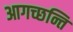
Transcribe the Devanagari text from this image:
आगच्छन्ति